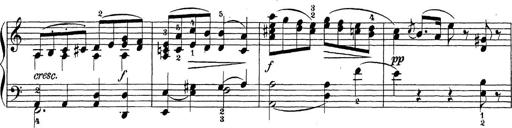
Title: Sonatina Album
Composer: Louis KÃ¶hler